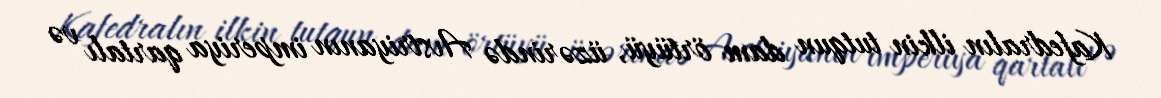
Kafedralın ilkin tutqun dam örtüyü, üzərində Avstriyanın imperiya qartalı və